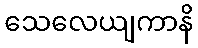
သေလေယျကာနိ